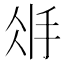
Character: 𢪽